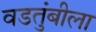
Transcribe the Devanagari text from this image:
वडतुंबीला